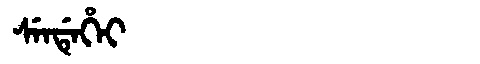
Manchu: ᠰᡝᠨᡩᡝᡥᡝᡳ
Romanization: SENDEHEI